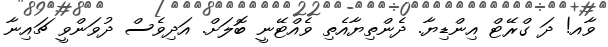
ވާއ! ދަ ގްރޭޓް އިންޑިޔާ. ދެންތިޔާއެތި ވެއްޓޭނީ ބޮލަށް. އަދިވެސް ދުވަންވީ ޗައިނާ